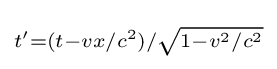
\scriptstyle t'=(t-vx/c^{2})/{\sqrt {1-v^{2}/c^{2}}}